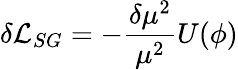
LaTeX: \delta{\cal{L}}_{SG}=-\frac{\delta\mu^{2}}{\mu^{2}}U(\phi)